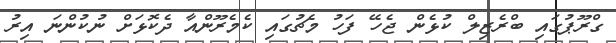
ގްރޫޕުގައި ބްރެޒިލް ކުޅެން ޖެހޭ ފަހު މެޗުގައި ކެމެރޫންއާ ދެކޮޅަށް ނުކުންނަ އިރު